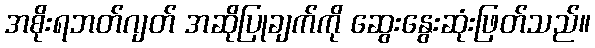
အစိုးရဘတ်ဂျတ် အဆိုပြုချက်ကို ဆွေးနွေးဆုံးဖြတ်သည်။